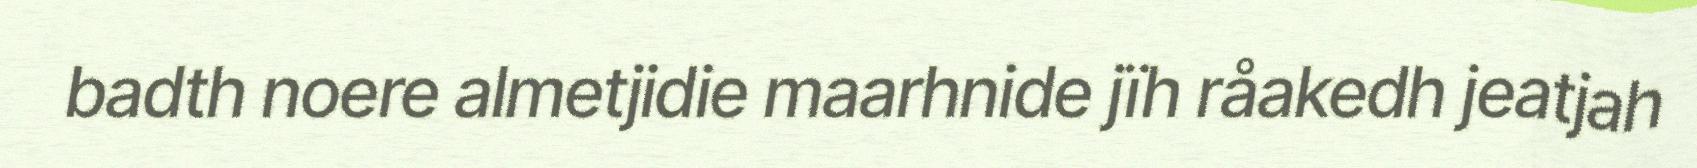
badth noere almetjidie maarhnide jïh råakedh jeatjah